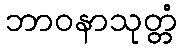
ဘာဝနာသုတ္တံ